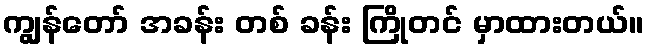
ကျွန်တော် အခန်း တစ် ခန်း ကြိုတင် မှာထားတယ်။